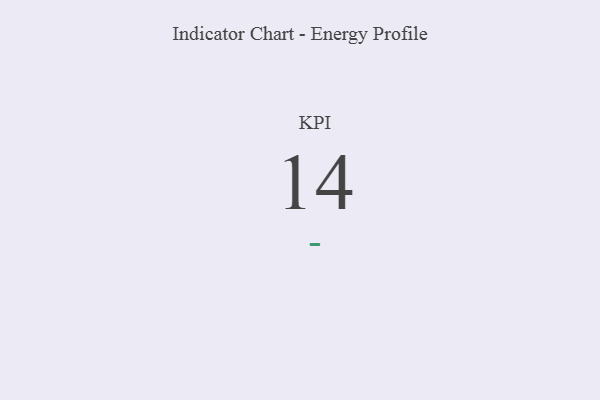
{"axis": {"x": "KPI", "y": "Value"}, "legend": [""], "data": [{"x": "KPI", "y": 14, "type": ""}]}